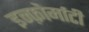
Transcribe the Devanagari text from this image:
इन्फ़ोर्माटी